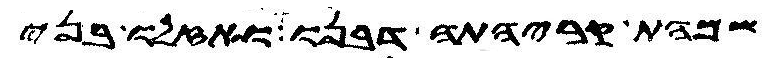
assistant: שמהת קריהתה דבנו ואזלו בני